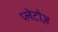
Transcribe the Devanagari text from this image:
प्लेटोज़